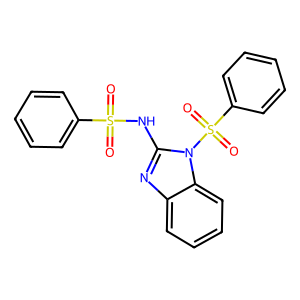
SMILES: O=S(=O)(Nc1nc2ccccc2n1S(=O)(=O)c1ccccc1)c1ccccc1
Inhibits HIV replication: Yes